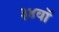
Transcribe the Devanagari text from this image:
३४वॉ